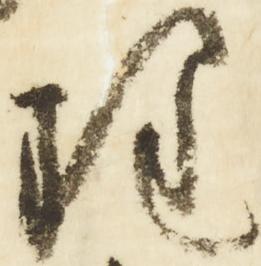
理